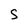
Character: S